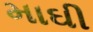
માઘી